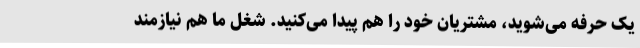
یک حرفه می‌شوید، مشتریان خود را هم پیدا می‌کنید. شغل ما هم نیازمند